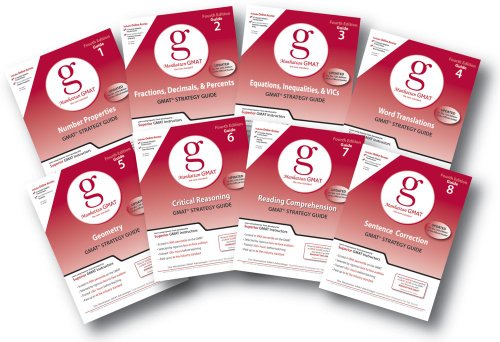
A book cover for Manhattan GMAT Set of 8 Strategy Guides, Fourth Edition (Manhattan GMAT Strategy Guides); Manhattan GMAT; Test Preparation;